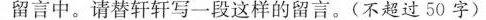
留言中。请替轩轩写一段这样的留言。(不超过50字)